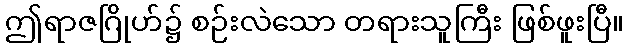
ဤရာဇဂြိုဟ်၌ စဉ်းလဲသော တရားသူကြီး ဖြစ်ဖူးပြီ။